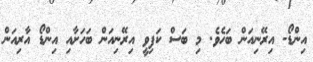
އިންޑޯ- އިރޭނިއަން ބަހެވެ. މި ބަސް ކަފިވީ އިރޭނިއަން ބަހަށާއި އިންޑޯ އާރިއަން